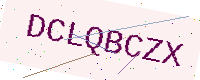
Text: DCLQBCZX